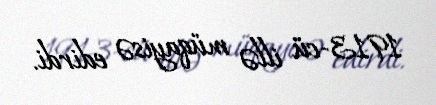
1913-cü illə müqayisə edirdi.